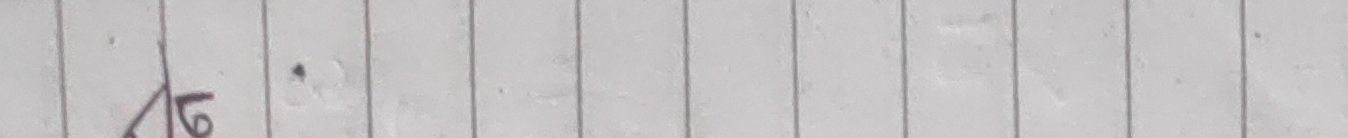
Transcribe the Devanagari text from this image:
१६